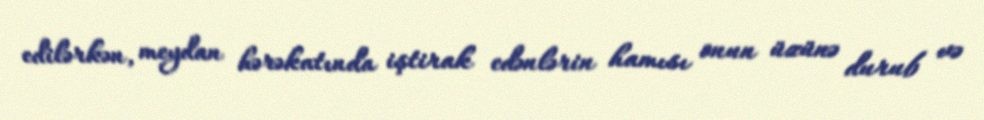
edilərkən, meydan hərəkatında iştirak edənlərin hamısı onun üzünə durub və